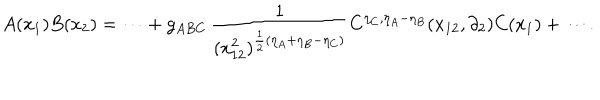
A ( x _ { 1 } ) B ( x _ { 2 } ) = \cdots + g _ { A B C } \, \frac { 1 } { ( x _ { 1 2 } ^ { 2 } ) ^ { \frac { 1 } { 2 } ( \eta _ { A } + \eta _ { B } - \eta _ { C } ) } } C ^ { \eta _ { C } , \eta _ { A } - \eta _ { B } } ( x _ { 1 2 } , \partial _ { 2 } ) C ( x _ { 1 } ) + \cdots { } .